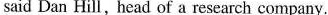
said Dan Hill,head of a research company.